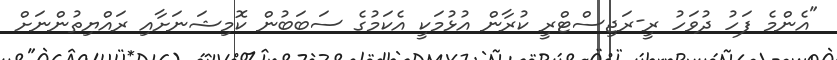
"އެންމެ ފަހު ދުވަހު ރީ-ރަޖިސްޓްރީ ކުރާން އުޅުމަކީ އެކަމުގެ ސަބަބުން ކޮމިޝަނަށާއި ރައްޔިތުންނަށް